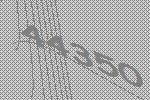
44350